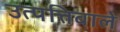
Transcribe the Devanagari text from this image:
उत्पत्तिवाले